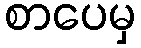
စာပေမှ